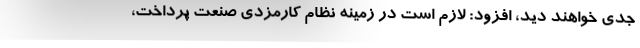
جدی خواهند دید، افزود: لازم است در زمینه نظام کارمزدی صنعت پرداخت،